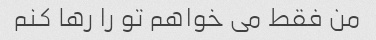
من فقط می خواهم تو را رها کنم